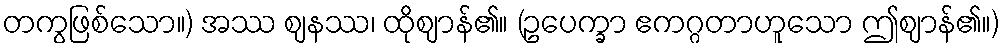
တကွဖြစ်သော။) အဿ ဈနဿ၊ ထိုဈာန်၏။ (ဥပေက္ခာ ဧကဂ္ဂတာဟူသော ဤဈာန်၏။)